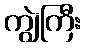
ကျွဲကြီး